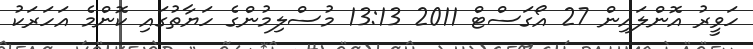
ހަވީރު އޮންލައިން 27 އޯގަސްޓް 2011 13:13 މުސްލިމުންގެ ހަޔާތުގައި ކޮންމެ އަހަރަކު